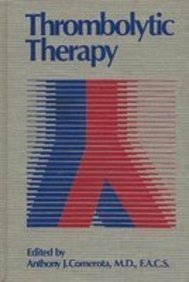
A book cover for Thrombolytic Therapy; Medical Books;